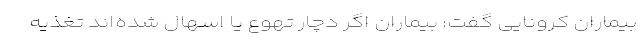
بیماران کرونایی گفت: بیماران اگر دچار تهوع یا اسهال شده‌اند تغذیه